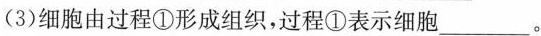
(3)细胞由过程①形成组织，过程①表示细胞___。